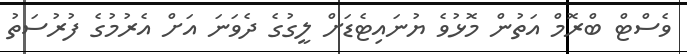
ވެސްޓް ބްރޮމް އަތުން މޮޅުވެ ޔުނައިޓެޑަށް ލީގުގެ ދެވަނަ އަށް އެރުމުގެ ފުރުސަތު